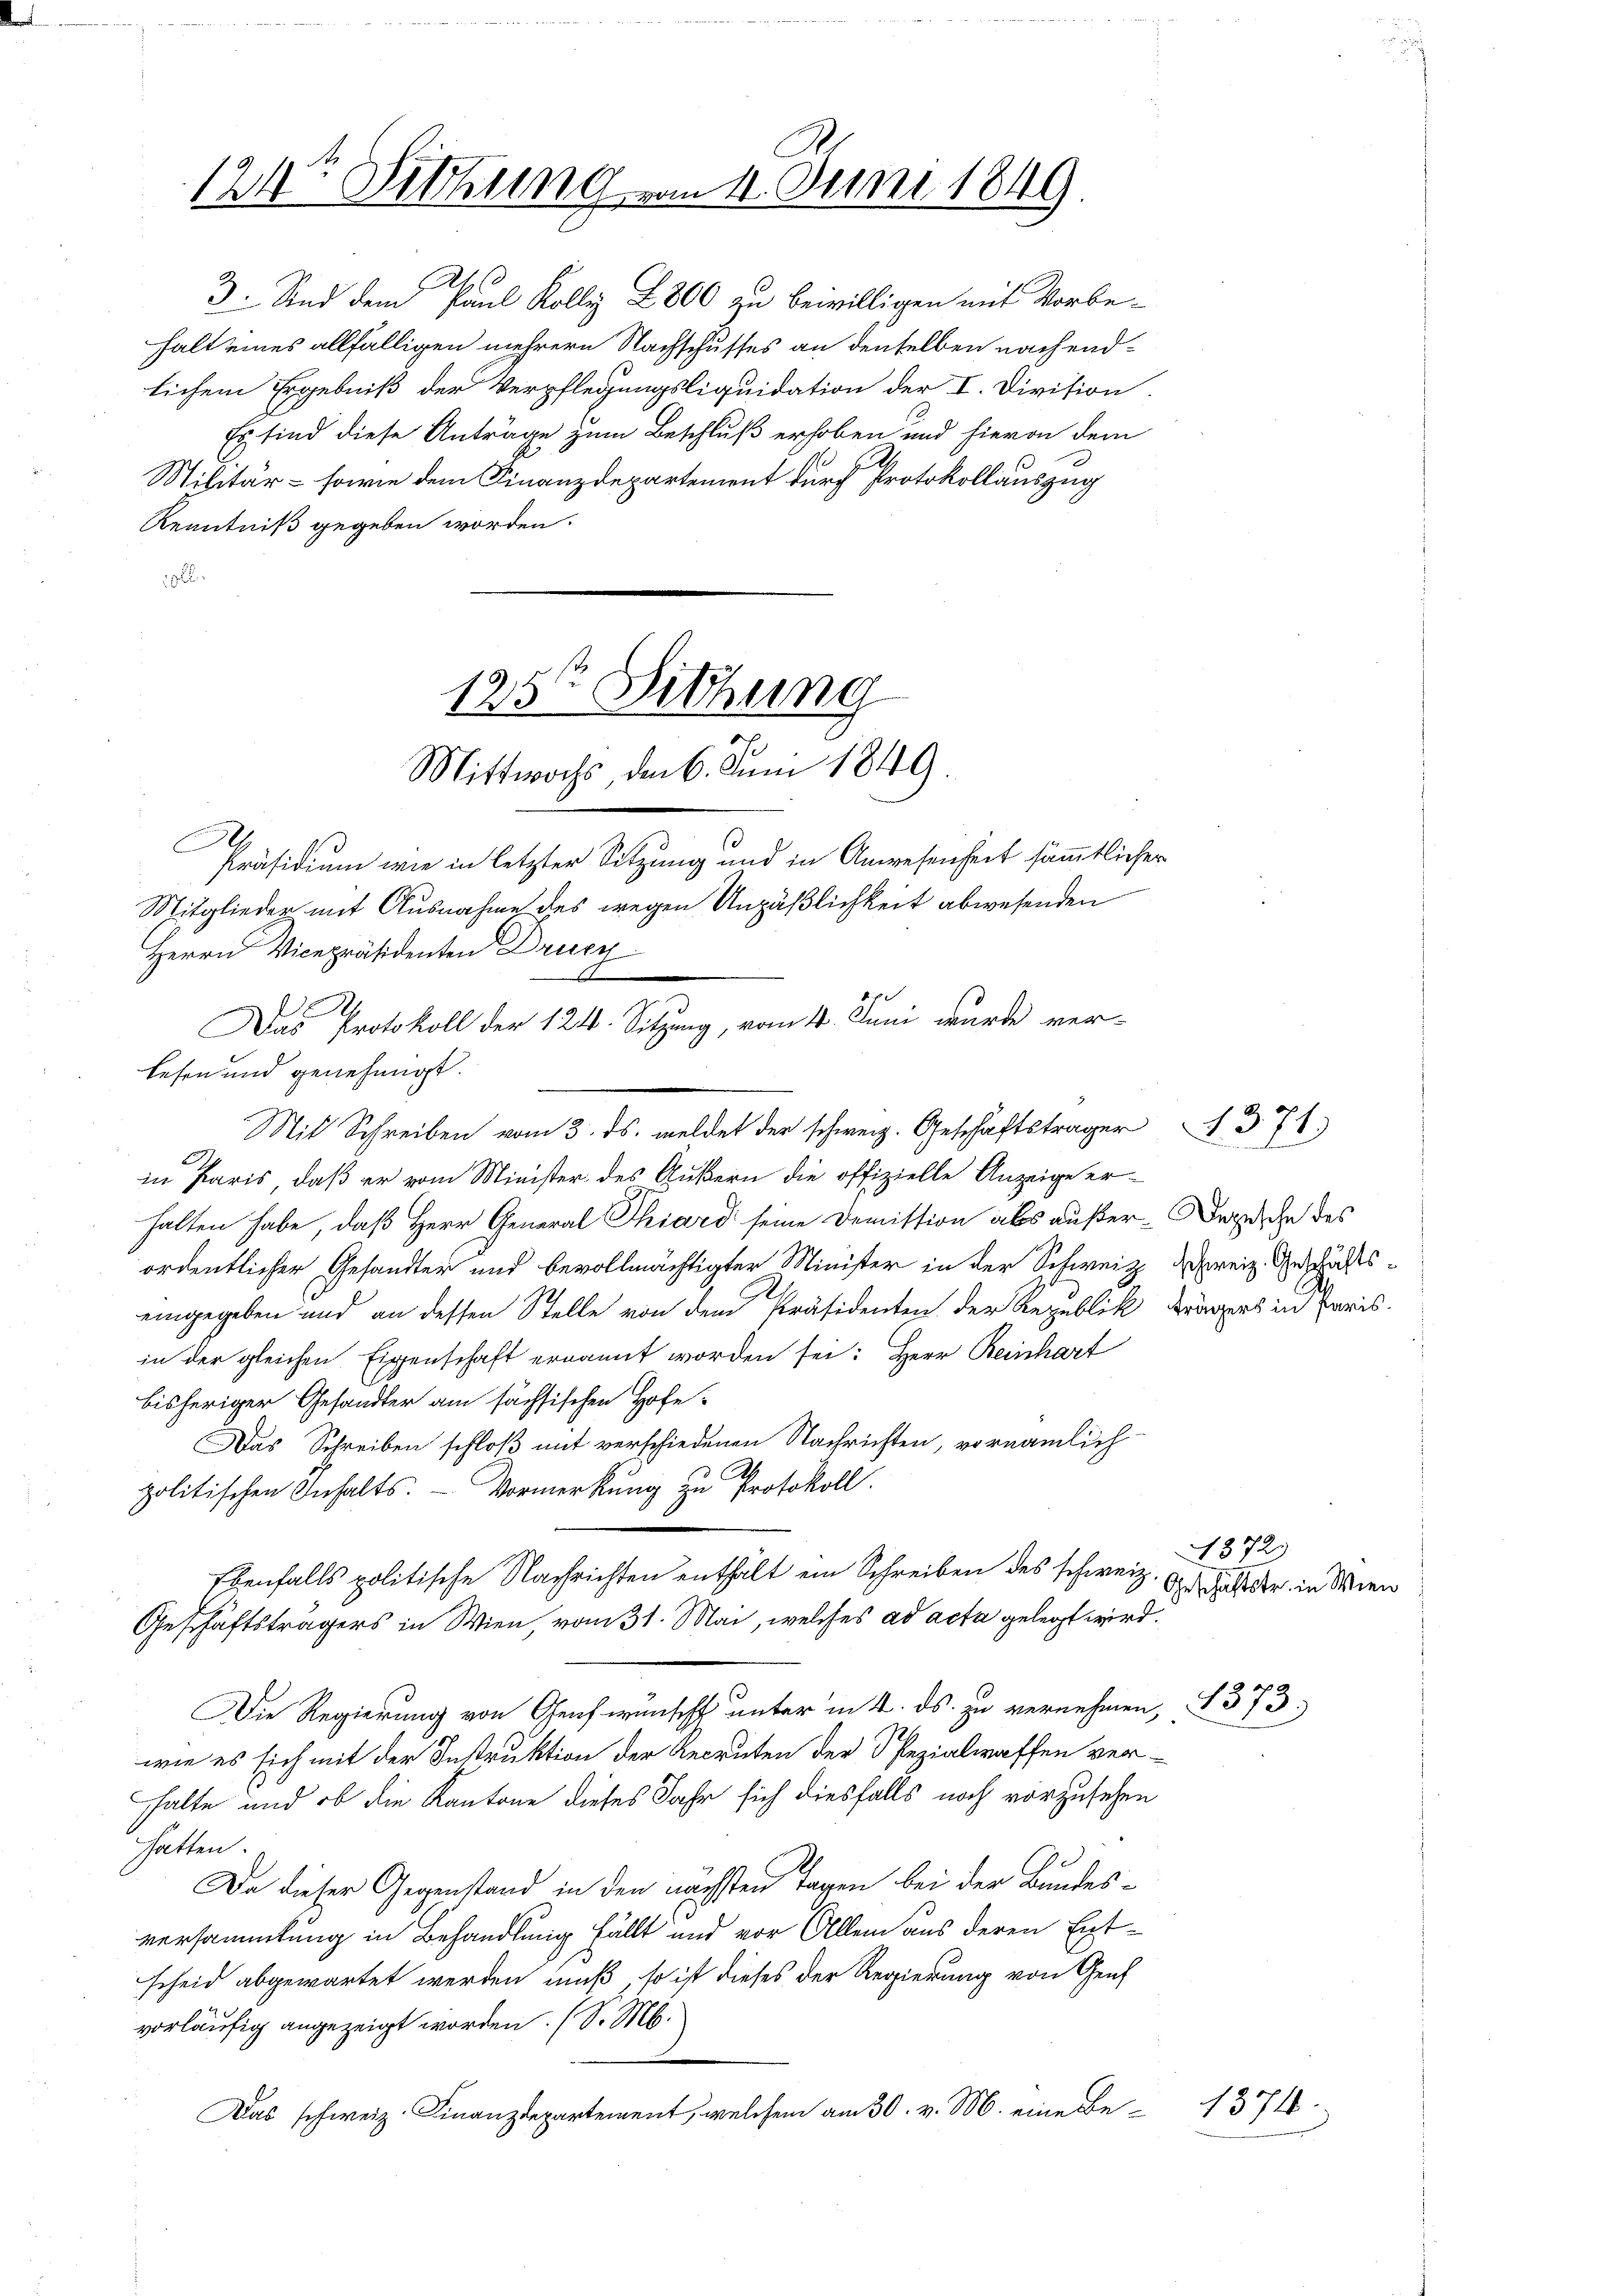
124t Sitzung

125te Sitzung
Mittwochs, den 6. Juni 1849.

n 11. Juni 1849.

Ah
3. Sind dem Paul Kolly L 800 zu beiwilligen mit Vorbe-
halt eines allfälligen mehrere Nachschusses an denselben nachendlichem Ergebniß der Verpflegungsliquidation der I. Division
Es sind diese Anträge zum Beschluß erhoben und hievon dem
Militär- sowie dem Finanzdepartement durch Protokollauszug
Kenntniß gegeben worden.
1

Herrn Vicepräsidenten Druck
d
A
lesen und genehmigt.
in Paris, daß er vom Minister des Äußern die offizielle Anzeige er-
halten habe, daß Herr General Phiard seine Demission als außer-Bezeiche des
ordentlicher Gesandter und bevollmächtigter Minister in der Schweiz, dreiz. Geschäftseingegeben und an dessen Stelle von dem Präsidenten der Republik
in der gleichen Eigenschaft ernannt worden sei: Herr Reinhart
bisheriger Gesandter am sächsischen Hofe
Das Schreiben schloß mit verschiedenen Nachrichten, vornämlich
politischen Inhalts. Vormerkung zu Protokoll.
Ebenfalls politische Nachrichten enthält ein Schreiben des schweiz.
Geschäftsträgers in Wien, vom 31. Mai, welches ad acta gelegt wird.
Die Regierung von Genf wünscht unter in 2. ds. zu vernehmen, § 373.
wie es sich mit der Instruktion der Recruten der Spezialwaffen verhalte und ob die Kantone dieses Jahr sich diesfalls noch vorzusehen
hatten.
Da dieser Gegenstand in den nächsten Tagen bei der Bundesversammlung in Behandlung fällt und vor Allem aus deren Ent-
scheid abgewartet werden muß, so ist dieses der Regierung von Genf
vorläufig angezeigt worden. (S. M.
Das schweiz. Finanzdepartement, welchem am 30. v. M. eine Be¬

Präsidium wie in letzter Sitzung und in Anwesenheit sämmtlicher
Mitglieder mit Ausnahme des wegen Unpäßlichkeit abwesenden
Das Protokoll der 124. Sitzung, vom 4. Juni wurde ver-

Mit Schreiben vom 3. ds. meldet der schweiz. Geschäftsträger 371.

trägers in Paris.

1372)
Geschäftstr. in Wien

19 f.

1371.